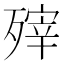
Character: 㱰